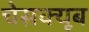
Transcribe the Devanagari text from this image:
चेसक्यूब